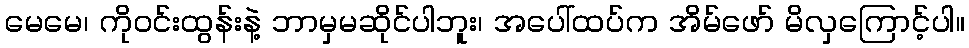
မေမေ၊ ကိုဝင်းထွန်းနဲ့ ဘာမှမဆိုင်ပါဘူး၊ အပေါ်ထပ်က အိမ်ဖော် မိလှကြောင့်ပါ။